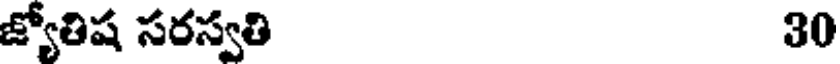
జ్యోతిష సరస్వతి 30